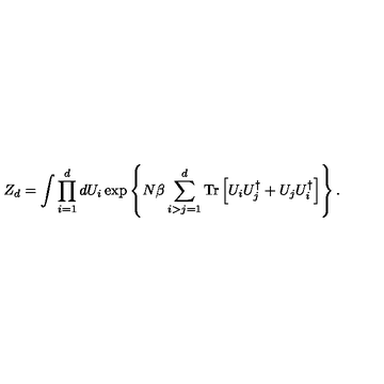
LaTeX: Z _ { d } = \int \prod _ { i = 1 } ^ { d } d U _ { i } \exp \left\{ N \beta \sum _ { i > j = 1 } ^ { d } \mathrm { T r } \left[ U _ { i } U _ { j } ^ { \dagger } + U _ { j } U _ { i } ^ { \dagger } \right] \right\} .